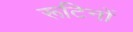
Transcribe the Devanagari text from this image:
रूटिनों